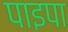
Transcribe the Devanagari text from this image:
पाइपा